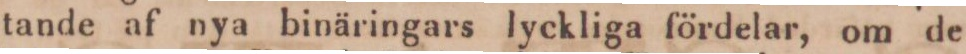
tande af nya binäringars lyckliga fördelar, om de